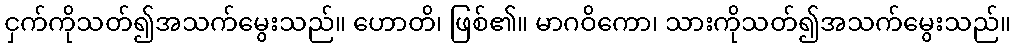
ငှက်ကိုသတ်၍အသက်မွေးသည်။ ဟောတိ၊ ဖြစ်၏။ မာဂဝိကော၊ သားကိုသတ်၍အသက်မွေးသည်။